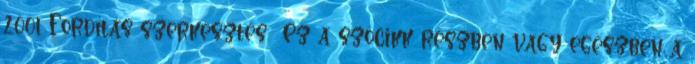
2001 Fordítás szerkesztés Ez a szócikk részben vagy egészben a